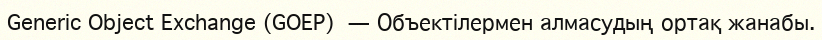
Generic Object Exchange (GOEP) — Объектілермен алмасудың ортақ жанабы.